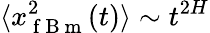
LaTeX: \langle x_{\mathrm{~f~B~m~}}^{2}(t)\rangle\sim t^{2H}